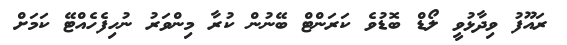
ރައޫފު ވިދާޅުވީ ލޯޑް ބޮޑުވެ ކަރަންޓް ބޭނުން ކުރާ މިންވަރު ނުހިފެހެއްޓޭ ކަމަށް